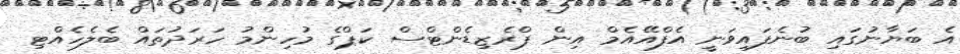
އެ ބަޔާނުގައި ބުނެފައިވަނީ އެފްއޭއެމް އިން ޕްރެޒިޑެންޓްސް ކަޕްގެ މުހިންމު ހަރަދުތައް ބެލެހެއްޓި